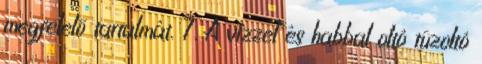
megfelelõ tartalmát. 7. A vízzel és habbal oltó tûzoltó